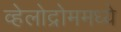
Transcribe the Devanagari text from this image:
व्हेलोद्रोममध्ये